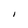
Character: I